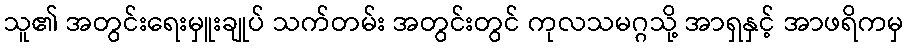
သူ၏ အတွင်းရေးမှူးချုပ် သက်တမ်း အတွင်းတွင် ကုလသမဂ္ဂသို့ အာရှနှင့် အာဖရိကမှ